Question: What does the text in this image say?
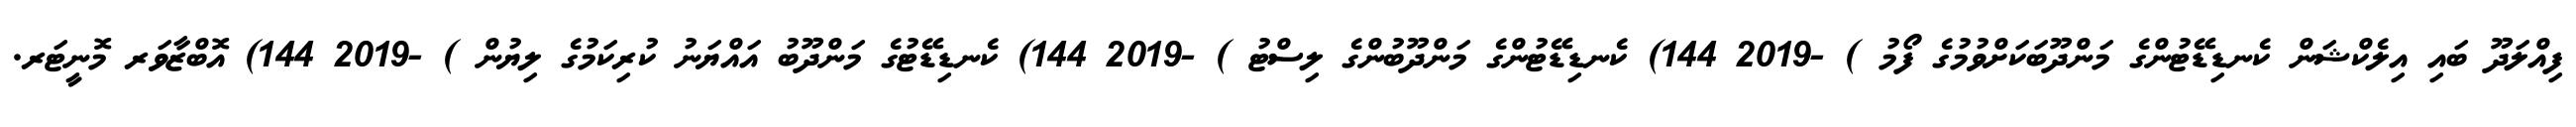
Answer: ފިއްލަދޫ ބައި އިލެކްޝަން ކެނޑިޑޭޓުންގެ މަންދޫބަކަށްވުމުގެ ފޯމު ) -2019 144) ކެނޑިޑޭޓުންގެ މަންދޫބުންގެ ލިސްޓު ) -2019 144) ކެނޑިޑޭޓުގެ މަންދޫބު އައްޔަނު ކުރިކަމުގެ ލިޔުން ) -2019 144) އޮބްޒާވަރ މޮނީޓަރ.